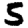
Digit: 5